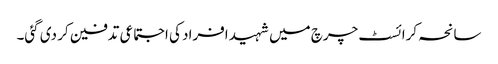
سانحہ کرائسٹ چرچ میں شہید افراد کی اجتماعی تدفین کر دی گئی۔